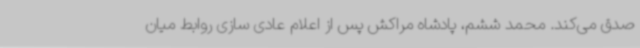
صدق می‌کند. محمد ششم، پادشاه مراکش پس از اعلام عادی سازی روابط میان